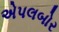
એપલબોર